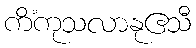
ကိံကုသလာနုဧသီ